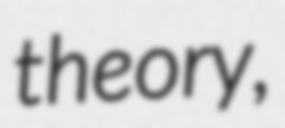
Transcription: theory,